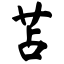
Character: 苫